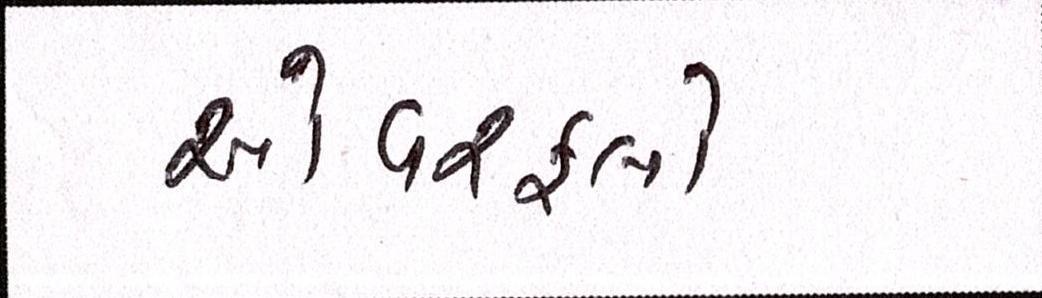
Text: ઓવરફ્લો